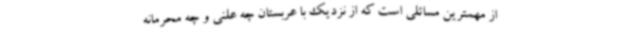
از مهمترین مسائلی است که از نزدیک با عربستان چه علنی و چه محرمانه